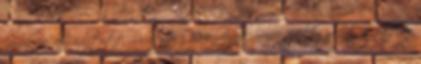
némiképp hasonlított Picassóhoz. Mindennek persze ezzel együtt is valóban